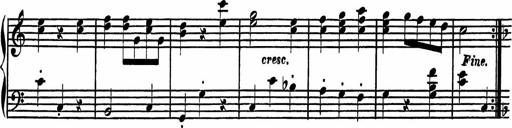
Title: 4 Piano Sonatinas
Composer: Adam Geibel